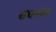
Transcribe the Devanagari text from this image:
सद्यनाव